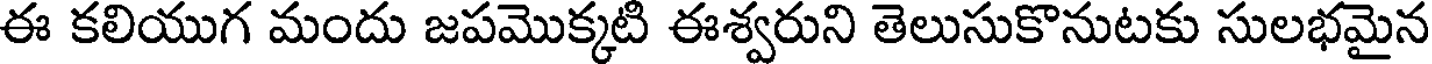
ఈ కలియుగ మందు జపమొక్కటి ఈశ్వరుని తెలుసుకొనుటకు సులభమైన